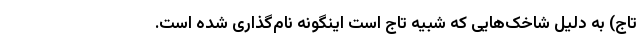
تاج) به دلیل شاخک‌هایی که شبیه تاج است اینگونه نام‌گذاری شده است.